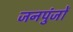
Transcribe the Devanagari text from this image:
जनपुंजों